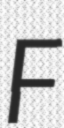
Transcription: F